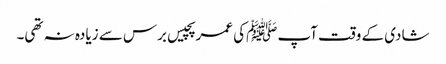
شادی کے وقت آپ ﷺکی عمر پچیس برس سے زیادہ نہ تھی۔